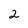
Character: 2